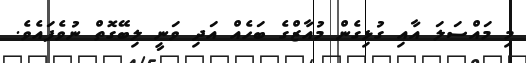
މި މައްސަލަ އާއި ގުޅިގެން މުއާޒްގެ ބަހެއް އަދި ވަނީ ލިބޭގޮތް ނުވެފައެވެ.